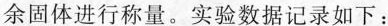
余固体进行称量。实验数据记录如下：